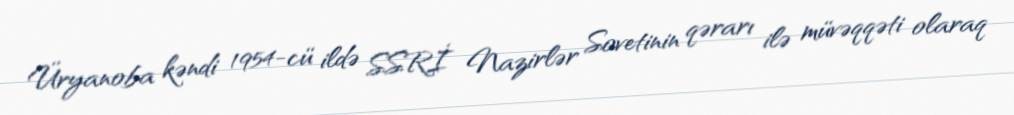
Üryanoba kəndi 1954-cü ildə SSRİ Nazirlər Sovetinin qərarı ilə müvəqqəti olaraq